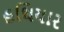
હથિયાર